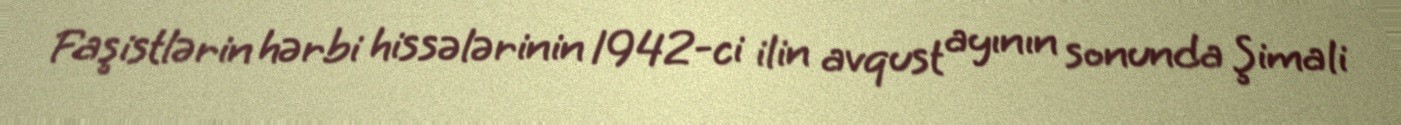
Faşistlərin hərbi hissələrinin 1942-ci ilin avqust ayının sonunda Şimali